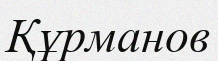
Құрманов